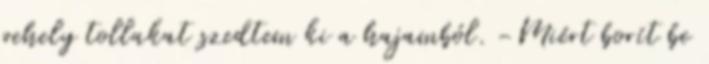
pehely tollakat szedtem ki a hajamból. -Miért borít be